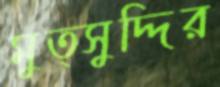
মুত্সুদ্দির